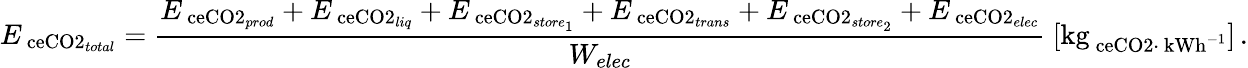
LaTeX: E_{\mathrm{\ ce{CO2}}_{total}}=\frac{E_{\mathrm{\ ce{CO2}}_{prod}}+E_{\mathrm{\ ce{CO2}}_{liq}}+E_{\mathrm{\ ce{CO2}}_{store_{1}}}+E_{\mathrm{\ ce{CO2}}_{trans}}+E_{\mathrm{\ ce{CO2}}_{store_{2}}}+E_{\mathrm{\ ce{CO2}}_{elec}}}{W_{elec}}\ [\mathrm{kg}_{\mathrm{\ ce{CO2}}\cdot\ \mathrm{kWh}^{-1}}]\, .